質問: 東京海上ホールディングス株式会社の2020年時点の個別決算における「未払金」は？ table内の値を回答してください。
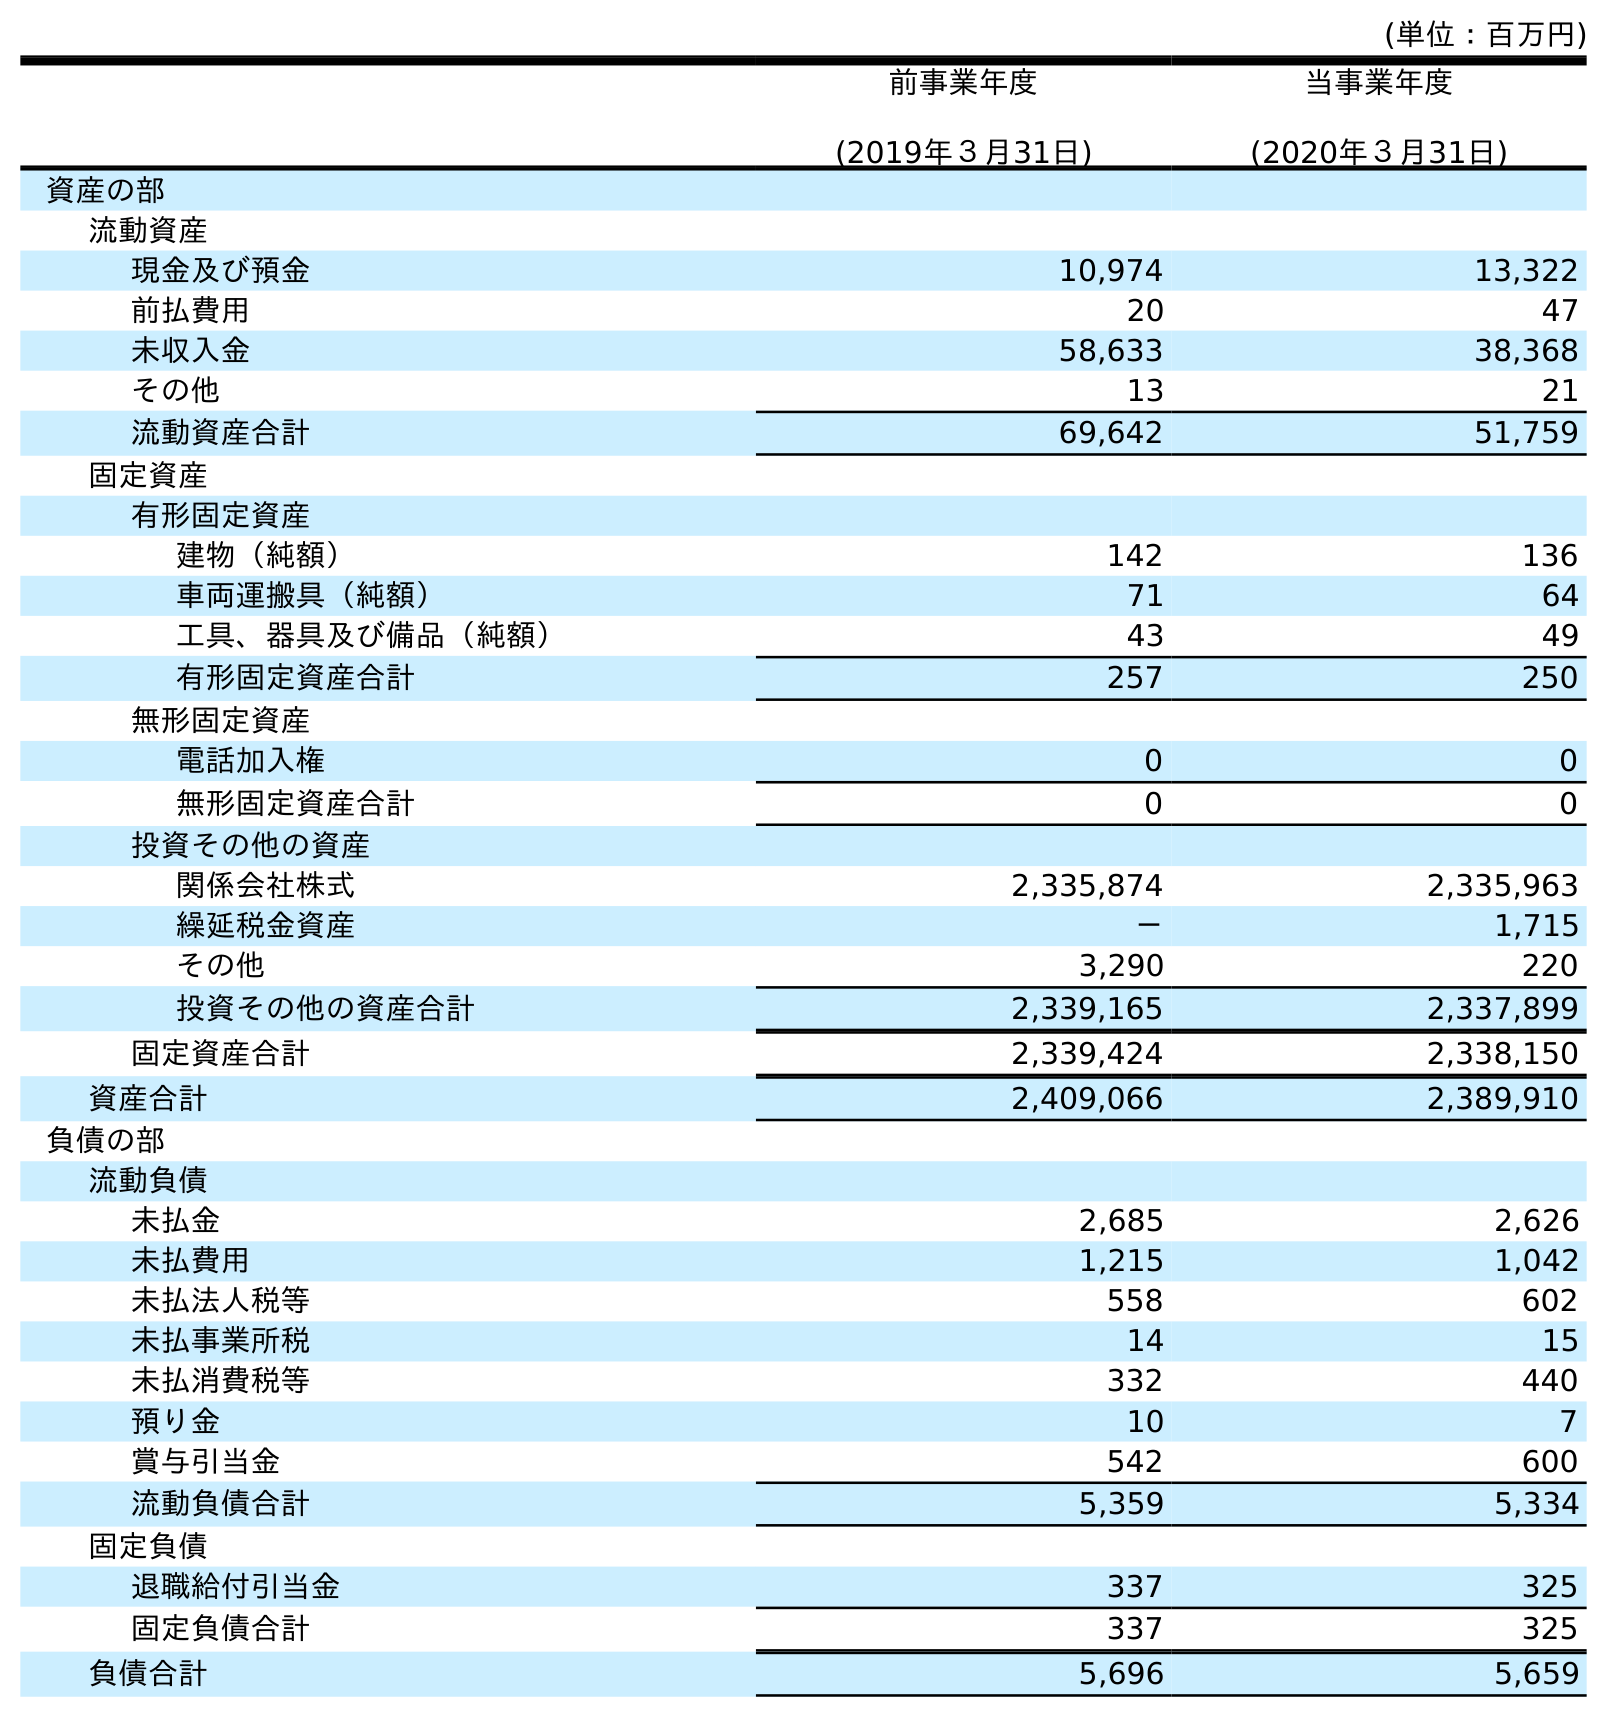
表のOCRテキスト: (単位：百万円) 前事業年度 (2019年３月31日) 当事業年度 (2020年３月31日) 資産の部 流動資産 現金及び預金 10,974 13,322 前払費用 20 47 未収入金 58,633 38,368 その他 13 21 流動資産合計 69,642 51,759 固定資産 有形固定資産 建物（純額） 142 136 車両運搬具（純額） 71 64 工具、器具及び備品（純額） 43 49 有形固定資産合計 257 250 無形固定資産 電話加入権 0 0 無形固定資産合計 0 0 投資その他の資産 関係会社株式 2,335,874 2,335,963 繰延税金資産 － 1,715 その他 3,290 220 投資その他の資産合計 2,339,165 2,337,899 固定資産合計 2,339,424 2,338,150 資産合計 2,409,066 2,389,910 負債の部 流動負債 未払金 2,685 2,626 未払費用 1,215 1,042 未払法人税等 558 602 未払事業所税 14 15 未払消費税等 332 440 預り金 10 7 賞与引当金 542 600 流動負債合計 5,359 5,334 固定負債 退職給付引当金 337 325 固定負債合計 337 325 負債合計 5,696 5,659
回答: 2,626